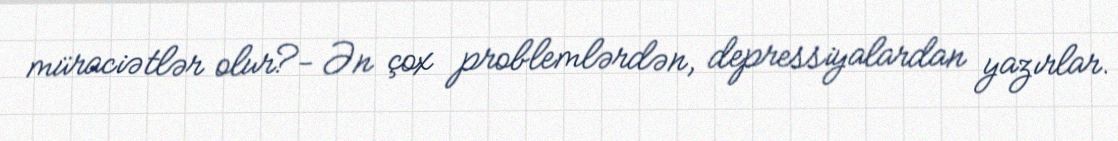
müraciətlər olur?- Ən çox problemlərdən, depressiyalardan yazırlar.